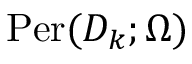
\mathrm { P e r } ( D _ { k } ; \Omega )